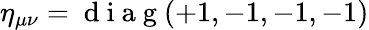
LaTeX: \eta_{\mu\nu}=\mathrm{~d~i~a~g~}(+1,-1,-1,-1)